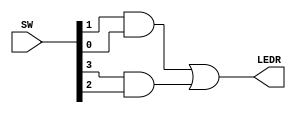
/* ***************************************************************\
| Name of program : Lab3
| Author : Charles Heckel
| Date Created : 5/29/2018
| Date last updated : 5/29/2018
| Function : mimics the logic of the function, "f = AB + CD"
| Method : the program uses three built-in gate function to connect
|	input signals (Switches) to an output (LED)
| Inputs : SW	- Switches controlling the input signal values
| Output : LEDR	- Light illuminated by the result of the function
| Additional Comments : (Extras)
\*****************************************************************/

module Lab3(SW, LEDR);
  // initialization
  input[3:0] SW;	// four inputs: A,B,C,D
  output wire[0:0] LEDR;
  wire a, b;		// used to connect the AND gates to the OR gate
  
  // implementation of part 2
  and(a, SW[1], SW[0]);
  and(b, SW[3], SW[2]);
  or(LEDR[0], a, b);
  
  
  // implementation of part 3
  // Equivalency achieved through substitution
//  nand(a, SW[1], SW[0]);
//  nand(b, SW[3], SW[2]);
//  nand(LEDR[0], a, b);
  
  
  // implementation of part 4
  // Equivalency achieved through continuous assignment
//  assign LEDR[0] = (SW[0] & SW[1]) | (SW[3] & SW[2]);
  
  
 endmodule // Lab3